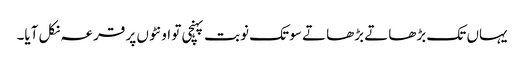
یہاں تک بڑھاتے بڑھاتے سو تک نوبت پہنچی تو اونٹوں پر قرعہ نکل آیا۔